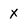
Character: x